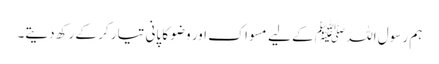
ہم رسول اللہ ﷺ کے لیے مسواک اور وضو کا پانی تیار کر کے رکھ دیتے۔